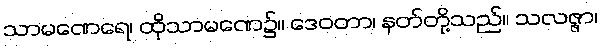
သာမဏေရေ၊ ထိုသာမဏေ၌။ ဒေဝတာ၊ နတ်တို့သည်။ သလဇ္ဇာ၊